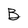
Character: B